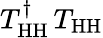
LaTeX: T_{\mathrm{HH}}^{\dagger}\, T_{\mathrm{HH}}